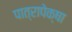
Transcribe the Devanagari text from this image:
पात्रापेक्षा